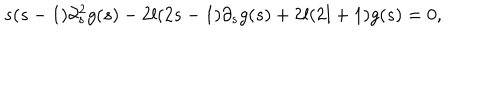
s ( s - 1 ) \partial _ { s } ^ { 2 } g ( s ) - 2 l ( 2 s - 1 ) \partial _ { s } g ( s ) + 2 l ( 2 l + 1 ) g ( s ) = 0 ,